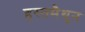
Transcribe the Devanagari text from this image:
हस्‍तमैथुन